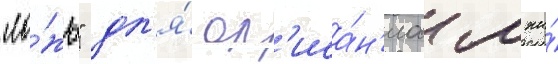
"ло́жь" дл'я́ оп'иса́н'иа лжи́